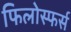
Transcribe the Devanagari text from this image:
फिलोस्फर्स